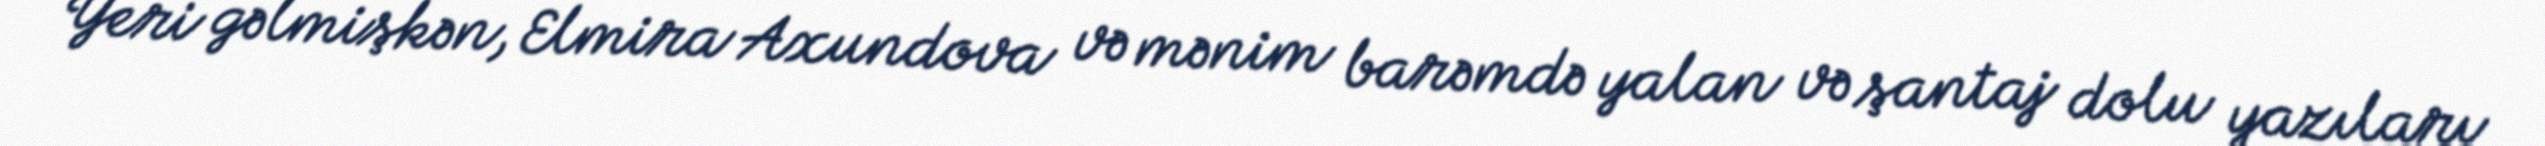
Yeri gəlmişkən, Elmira Axundova və mənim barəmdə yalan və şantaj dolu yazıları